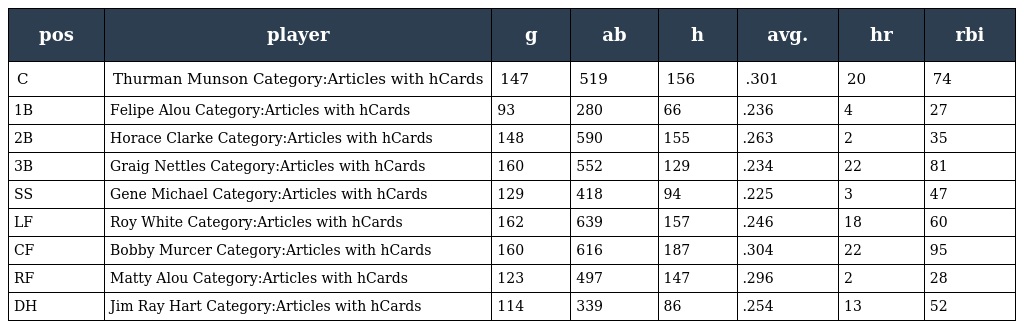
| pos | player | g | ab | h | avg. | hr | rbi |
 | --- | --- | --- | --- | --- | --- | --- | --- |
 | C | Thurman Munson Category:Articles with hCards | 147 | 519 | 156 | .301 | 20 | 74 |
 | 1B | Felipe Alou Category:Articles with hCards | 93 | 280 | 66 | .236 | 4 | 27 |
 | 2B | Horace Clarke Category:Articles with hCards | 148 | 590 | 155 | .263 | 2 | 35 |
 | 3B | Graig Nettles Category:Articles with hCards | 160 | 552 | 129 | .234 | 22 | 81 |
 | SS | Gene Michael Category:Articles with hCards | 129 | 418 | 94 | .225 | 3 | 47 |
 | LF | Roy White Category:Articles with hCards | 162 | 639 | 157 | .246 | 18 | 60 |
 | CF | Bobby Murcer Category:Articles with hCards | 160 | 616 | 187 | .304 | 22 | 95 |
 | RF | Matty Alou Category:Articles with hCards | 123 | 497 | 147 | .296 | 2 | 28 |
 | DH | Jim Ray Hart Category:Articles with hCards | 114 | 339 | 86 | .254 | 13 | 52 |